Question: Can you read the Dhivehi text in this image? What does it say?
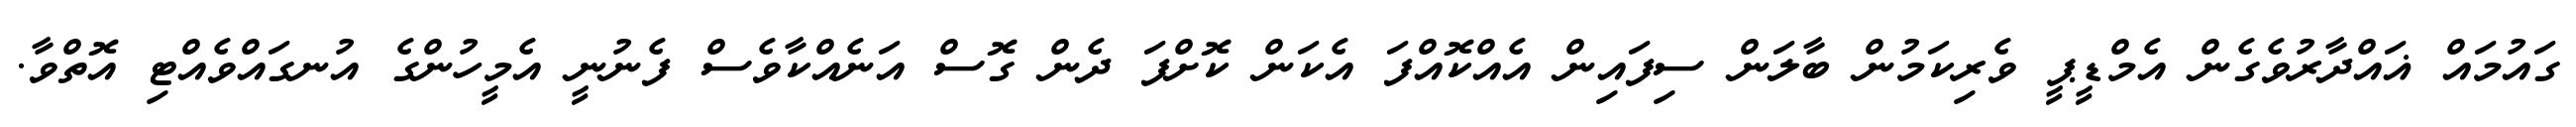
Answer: ގައުމައް ޣައްދާރުވެގެން އެމްޑީޕީ ވެރިކަމުން ބާލަން ސިފައިން އެއްކޮއްފަ އެކަން ކޮށްފަ ދެން ގޮސް އަނެއްކާވެސް ފެނުނީ އެމީހުންގެ އުނގައްވެއްޓި އޮތްވާ.